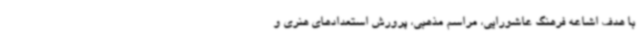
با هدف اشاعه فرهنگ عاشورایی، مراسم مذهبی، پرورش استعدادهای هنری و